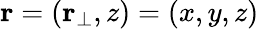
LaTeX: \mathbf{r}=(\mathbf{r_{\bot}},z)=(x,y,z)